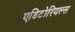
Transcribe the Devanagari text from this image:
एडिटोरियल्स